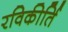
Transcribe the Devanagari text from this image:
रविकीर्ति